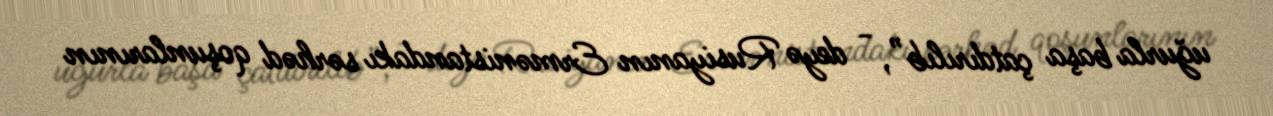
uğurla başa çatdırılıb”, - deyə Rusiyanın Ermənistandakı sərhəd qoşunlarının